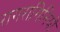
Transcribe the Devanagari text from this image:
रागरागिनियों